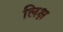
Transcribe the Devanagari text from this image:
लिक्ष